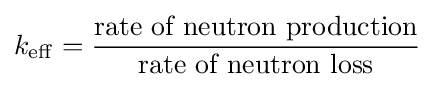
k_{\mathrm {eff} }={{\mbox{rate of neutron production}} \over {\mbox{rate of neutron loss}}}